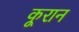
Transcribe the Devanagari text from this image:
कूरान